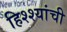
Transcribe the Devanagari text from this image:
हिश्श्यांची